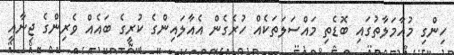
ހިންގި މުއާމަލާތުގައި ބޮޑެތި މައްސަލަތަކެއް ހުރެގެން އެއާލައިންގެ ކުރީގެ ބައެއް ވެރިންގެ ޖިނާއީ